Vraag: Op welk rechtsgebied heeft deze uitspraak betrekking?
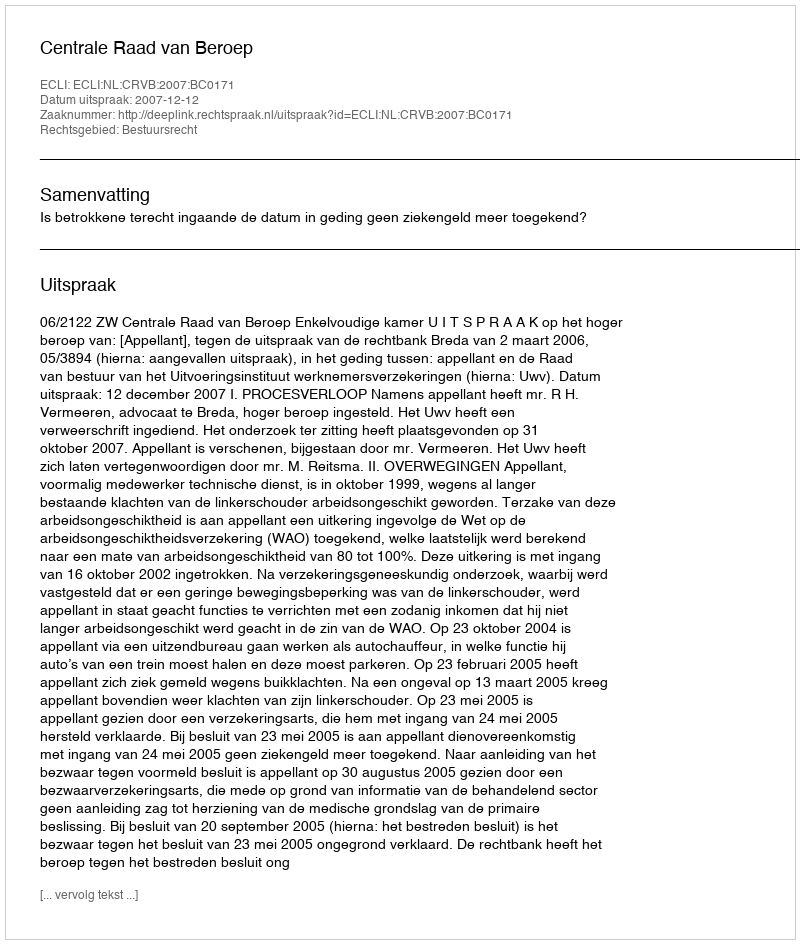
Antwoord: Bestuursrecht